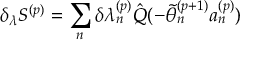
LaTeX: \delta _ { \lambda } S ^ { ( p ) } = \sum _ { n } ^ { } \delta { \lambda _ { n } ^ { ( p ) } } \hat { Q } ( - \tilde { \theta } _ { n } ^ { ( p + 1 ) } a _ { n } ^ { ( p ) } )